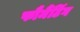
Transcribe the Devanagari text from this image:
फौर्मैटिंग